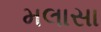
મલાસા